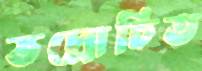
ভদ্রোচিত